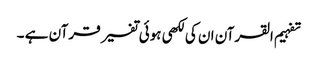
تفہیم القرآن ان کی لکھی ہوئی تفسیر قرآن ہے ۔